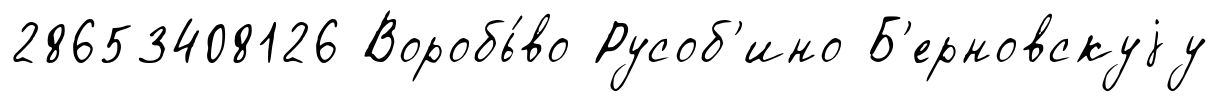
28653408126 Воробь́во Русоб'ино Б'ерновскуjу